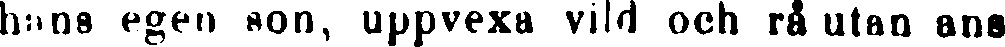
hans egen son, uppvexa vild och rå utan ans